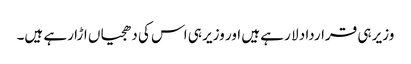
وزیر ہی قرارداد لا رہے ہیں اور وزیر ہی اس کی دھجیاں اڑا رہے ہیں۔